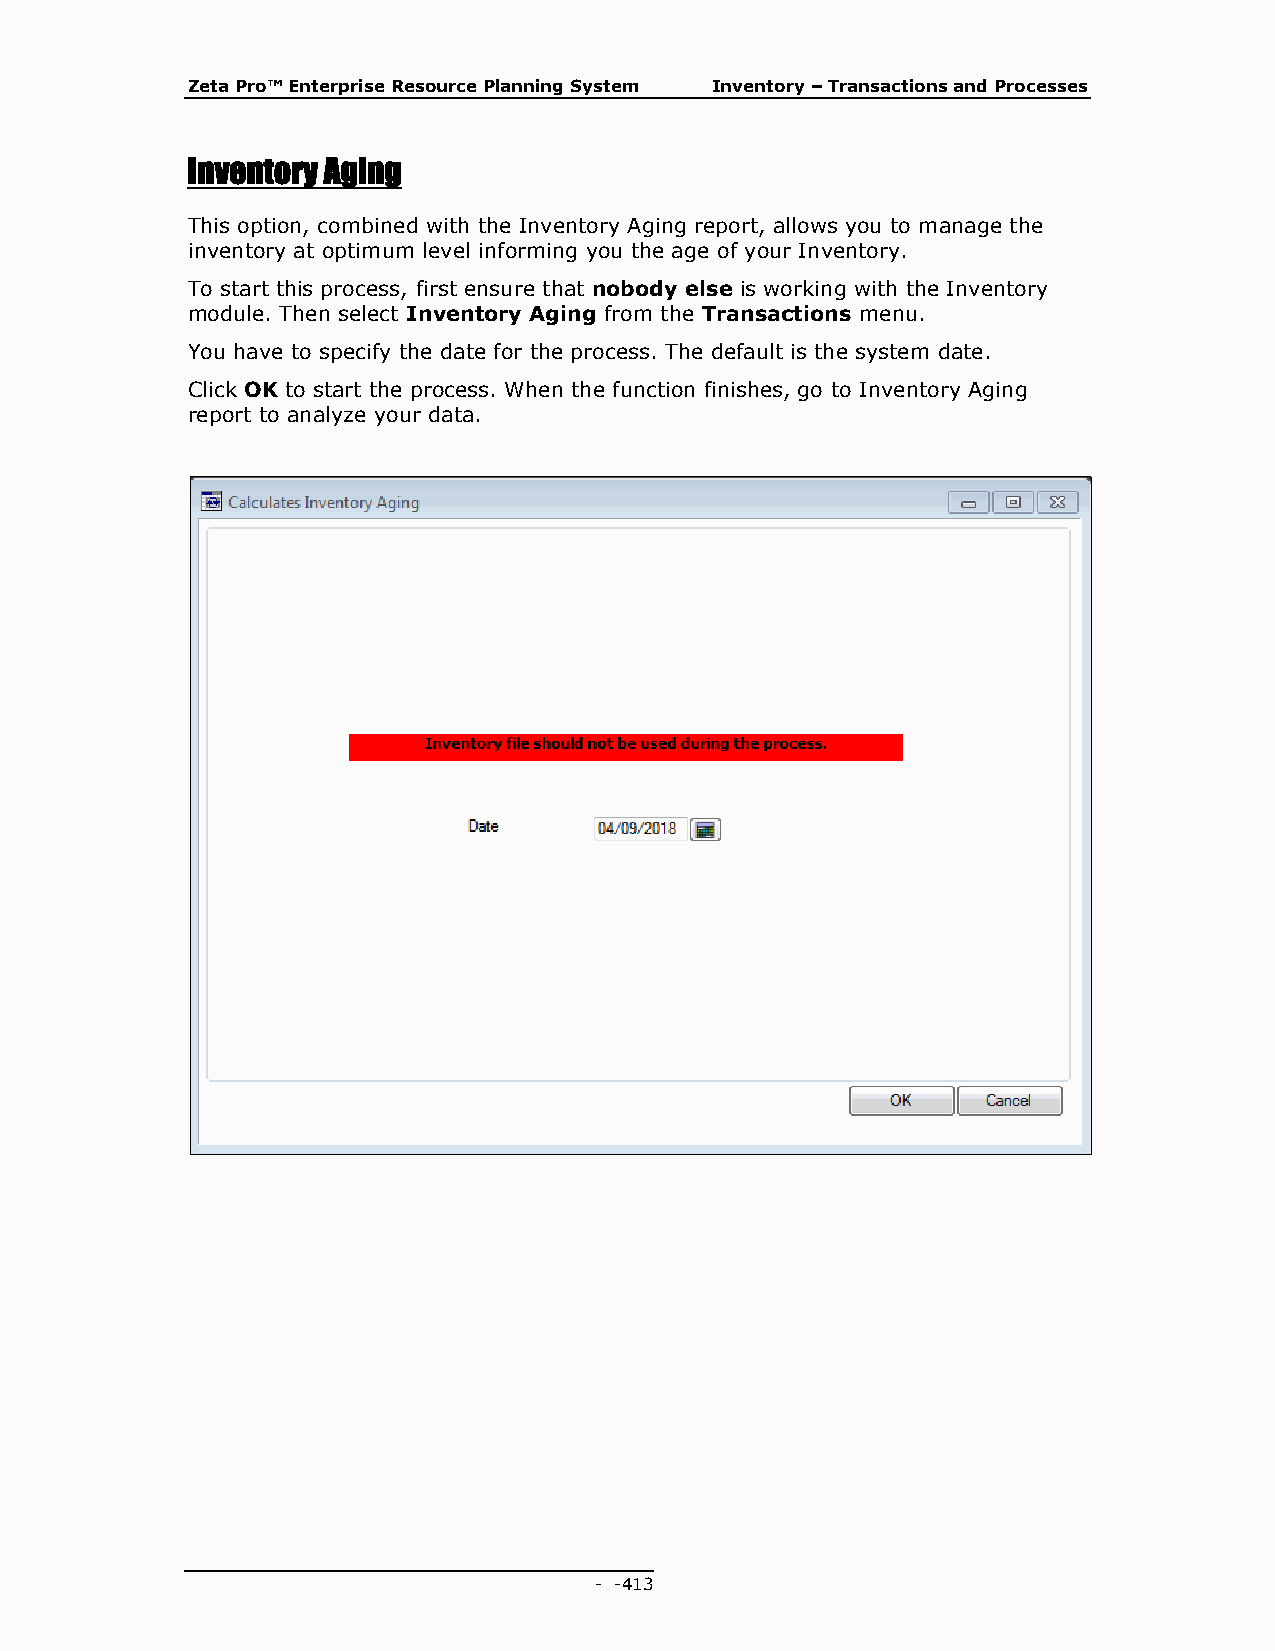
Zeta Pro™ Enterprise Resource Planning System Inventory – Transactions and Processes
 Inventory Aging
 This option, combined with the Inventory Aging report, allows you to manage the
 inventory at optimum level informing you the age of your Inventory.
 To start this process, first ensure that nobody else is working with the Inventory
 module. Then select Inventory Aging from the Transactions menu.
 You have to specify the date for the process. The default is the system date.
 Click OK to start the process. When the function finishes, go to Inventory Aging
 report to analyze your data.
 - - 413